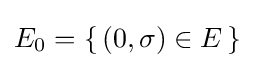
E_{0}=\{\,(0,\sigma )\in E\,\}